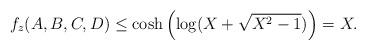
LaTeX: \begin{align*} f_z(A,B,C,D) \leq \cosh \left(\log (X + \sqrt{X^2-1})\right)= X.\end{align*}